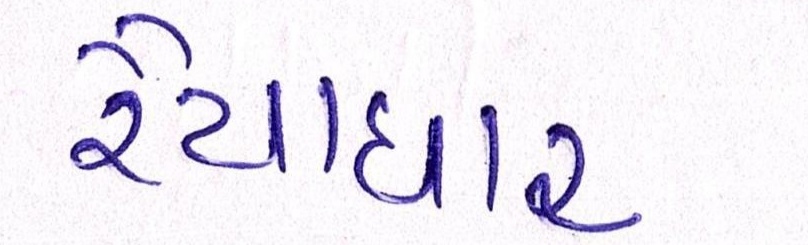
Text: રૈયાધાર